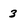
Character: 3